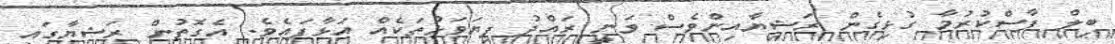
ބިލް ފާސްކުރުމާ ގުޅިގެން ރަޝިޔާއިންވެސް ވަނީ ރައްދު ފިޔަވަޅުތަކެއް އަޅާފައެވެ. އެގޮތުން ރަޝިޔާގައި